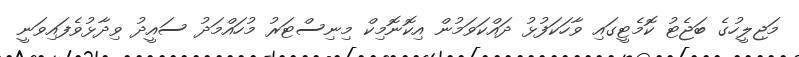
މަޖިލީހުގެ ބަޖެޓު ކޮމެޓީގައި ވާހަކަފުޅު ދައްކަވަމުން އިކޮނޮމިކް މިނިސްޓަރު މުހައްމަދު ސައީދު ވިދާޅުވެފައިވަނީ